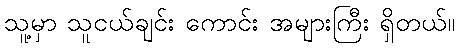
သူ့မှာ သူငယ်ချင်း ကောင်း အများကြီး ရှိတယ်။